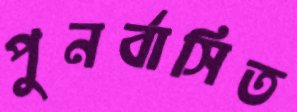
পুনর্বাসিত